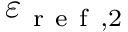
\varepsilon _ { \mathrm { ~ r ~ e ~ f ~ } , 2 }